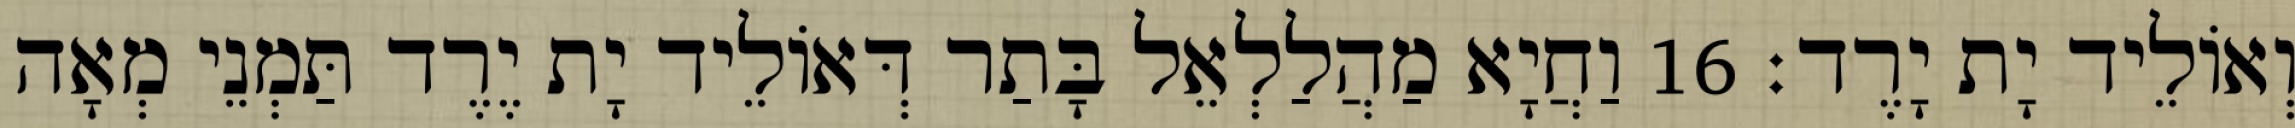
וְאוֹלֵיד יָת יָרֶד׃ 16 וַחֲיָא מַהֲלַלְאֵל בָּתַר דְּאוֹלֵיד יָת יֶרֶד תַּמְנֵי מְאָה